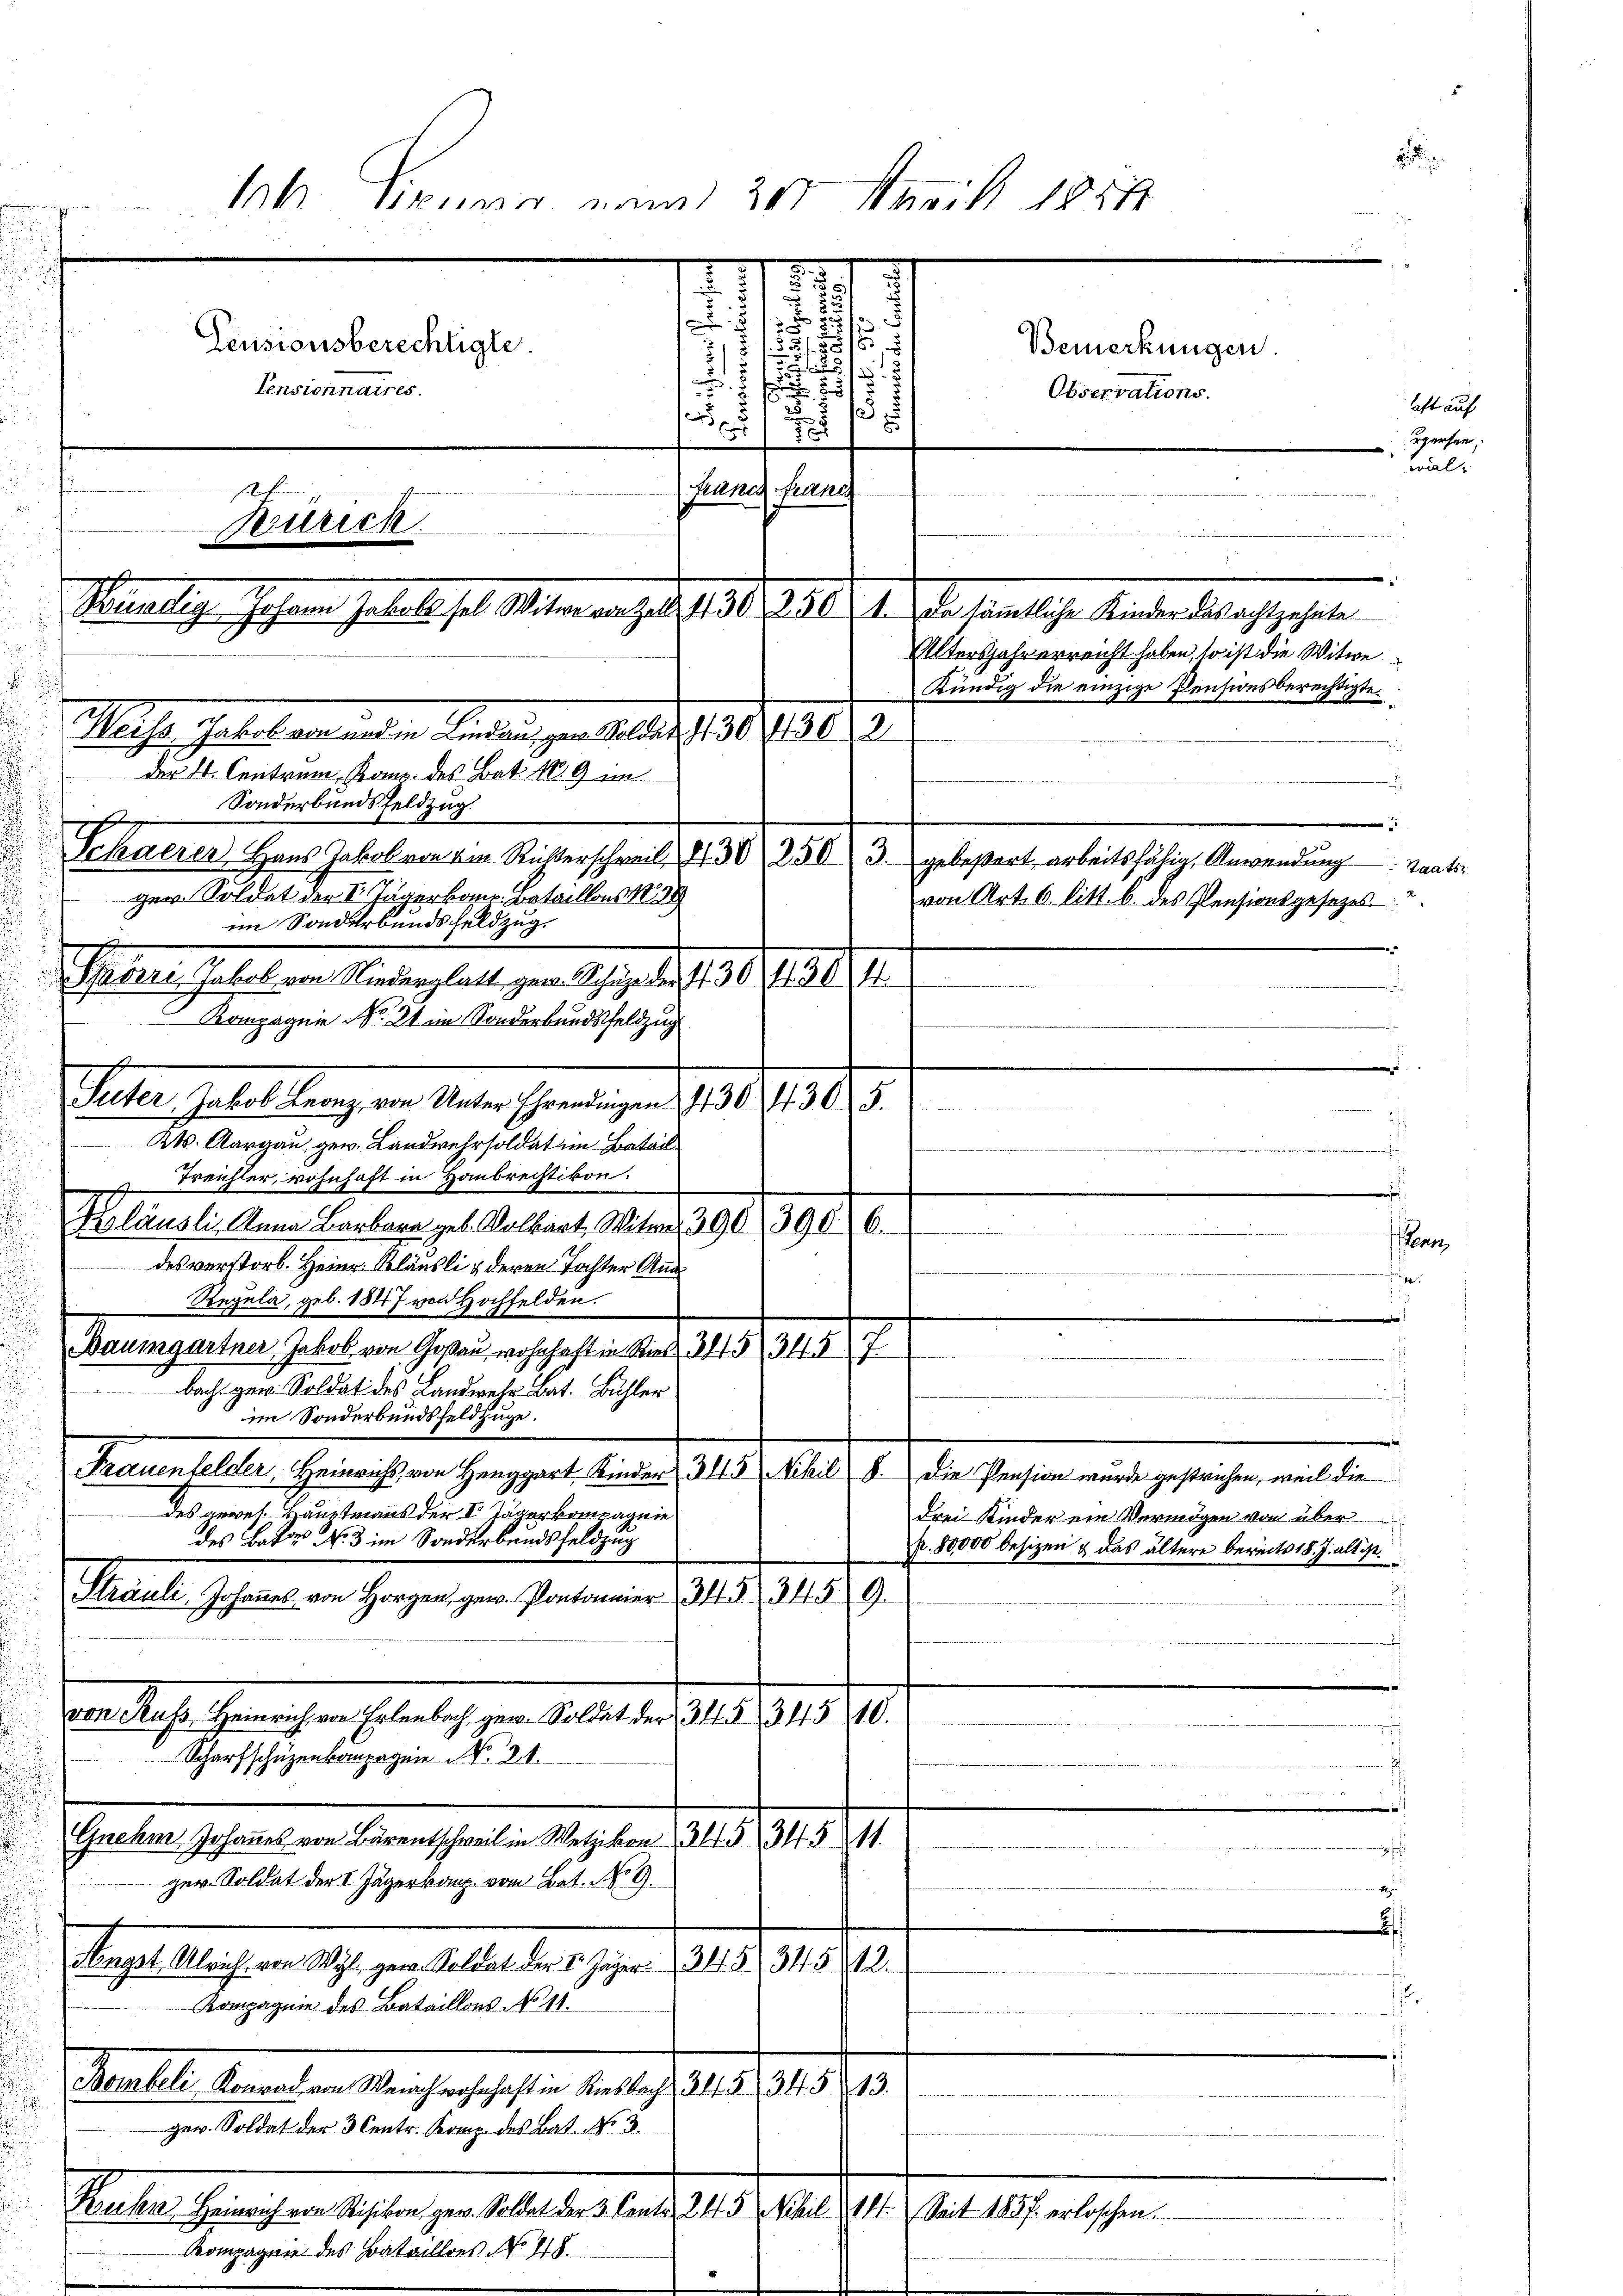
Kompagnie No. 21. im Sonderbundsfeldzug
Suter, Jakob Leonz von Unter Ehrendingen 30  305.
Kts. Aargau, gew. Landwehrsoldat im Batail
 Treichter, wohnhaft in Haubrechtikon.
Kläusli, Anna Barbara geb. Volkart, Witwe. 390 3906.
des verstorb. Heiner Kläusli & deren Tochter Aus¬
.
Regula, geb. 1847 von Hochfelden.
Baumgartner Jakob von Goßau, wohnhaft in Ried 34 § 345 7
bach zur Soldat des Landwehr Bat. Bühler
im Sonderbundsfeldzüge.
Frauenfelder, Heinrichs, von Henggart Kinder 345 Nihil 6. Die Pension wurde gestrichen, weil die
des gewes. Hauptmanns der II Jägerkompagnie
drei Kinder ein Vermögen von über
des Bator No. 3 im Sonderbendsfeldzug
k. 80,000 besizen & das ältere bereits 18. J. alt ist.
Sträuli, Johannes von Horgen, gew. Pontaniert. 345. 9.
von Muss Heinrich, von Erlenbach gew. Soldat der 315 34510.
m
Scharfschüzenkompagnie N. 21.
Gnehm Johannes von Bärentschweil in Wetzikon 35 345 211.
ger. Soldat der I Jägerkann vom Bat. No 9.
Nngst. Ulrich von Wyl, gew. Soldat der St. Jäger 348 34542.
Kompagnie des Bataillons No 11.
Bombeli Konrad von Weiach wohnhaft in Riesbach 315 3453.
ger. Soldat der 3. Centr. Komp. des Bat. No. 3.
Kruksa Heinrich von Risikon gew. Soldat der 3. Cento. 245 nihil Kt. Seit 1837. erloschen.

Kompagnie des Bataillons No. 418.

A Siper man 200 Mai 1857
g
.
e
 x
2
2
5
a
.
f
Pensionsberechtigte.
Bemerkungen.
.

Pensionnaires.
Observations.
.
.
15

1
B
u
ani franch
mche
Zürich
.
Kundig Johann Jakobs sel. Witwe von Zug 430 250 1. Da sämmtliche Kinder das achtzehnte
Altersjahr erreicht haben, so ist die Witwe
Kündig die einzige Pensionsberechtigte
Weiss, Jakob von und in Lindau, gen Solder S. 304302
der St. Centrum, Komp. des Bat. 1819 im
Sonderbandsfeldzug.
E
schaerer Hans Jakob von im Richterschweil, d. 30 250 3. gebeßert arbeitsfähig, Anwendung a
ger. Soldat der I Jägerkam. Bataillons No 88
von Art. 6. litt. b. des Pensionsgesezes-
im Sonderbundsfeldzug,
Paveri, Jakob von Niederglatt gew. Schup der 1130 (1304.

.
e
.
ist ein gewiese
e

a

e

.
.
4

auf
a
l.

2467.